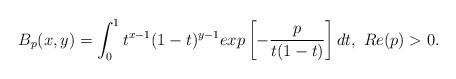
LaTeX: \begin{align*} B_p(x,y)=\int_{0}^{1} t^{x-1}(1-t)^{y-1}exp\left[-\frac{p}{t(1-t)}\right] dt, \ Re(p)>0.\end{align*}